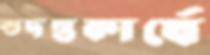
তদন্তকার্যে